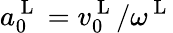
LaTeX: a_{0}^{\mathrm{~L~}}=v_{0}^{\mathrm{~L~}}/\omega^{\mathrm{~L~}}